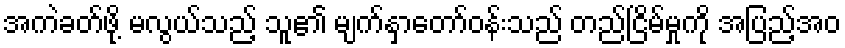
အကဲခတ်ဖို့ မလွယ်သည့် သူ၏ မျက်နှာတော်ဝန်းသည် တည်ငြိမ်မှုကို အပြည့်အဝ